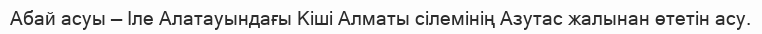
Абай асуы — Іле Алатауындағы Кіші Алматы сілемінің Азутас жалынан өтетін асу.